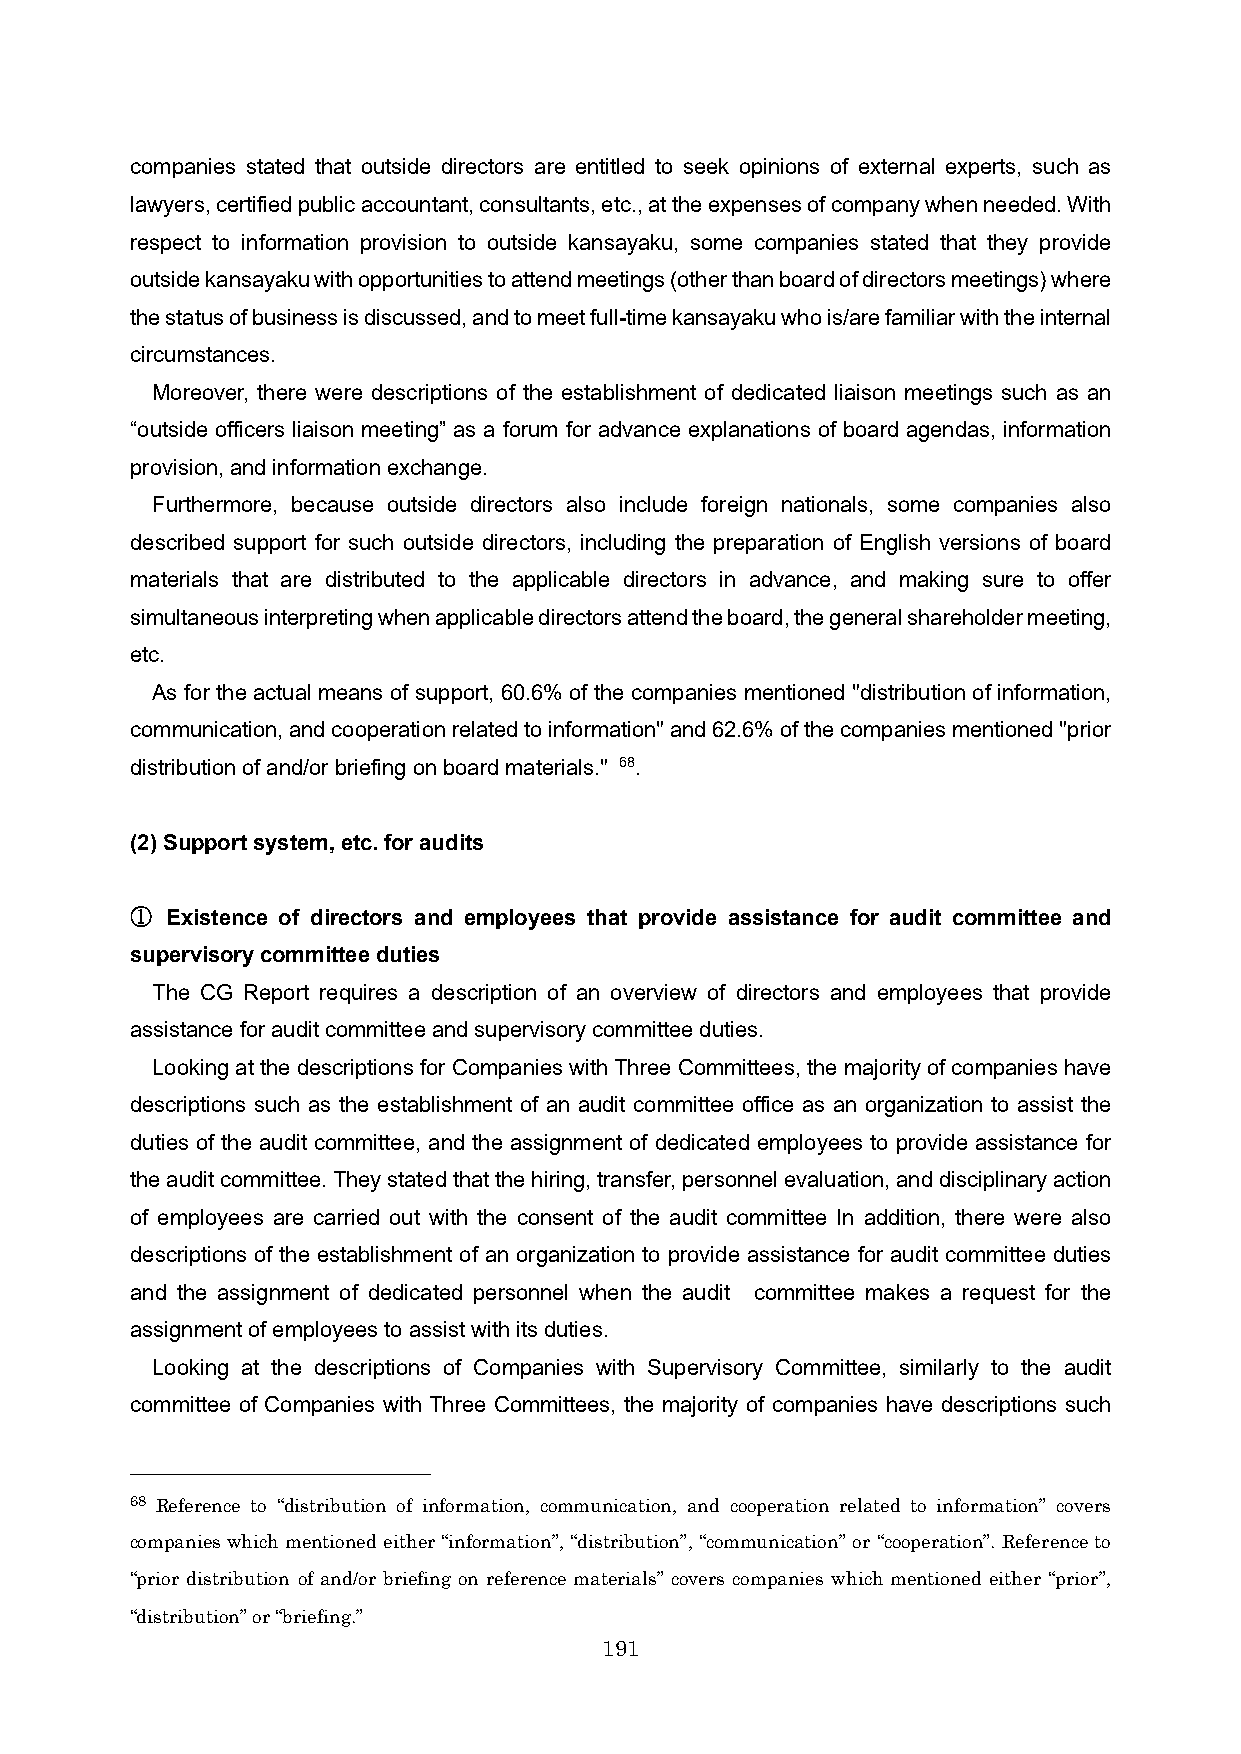
companies stated that outside directors are entitled to seek opinions of external experts, such as
 lawyers, certified public accountant, consultants, etc., at the expenses of company when needed. With
 respect to information provision to outside kansayaku, some companies stated that they provide
 outside kansayaku with opportunities to attend meetings (other than board of directors meetings) where
 the status of business is discussed, and to meet full-timekansayaku who is/are familiar with the internal
 circumstances.
 Moreover, there were descriptions of the establishment of dedicated liaison meetings such as an
 “outside officers liaison meeting” as a forum for advance explanations of board agendas, information
 provision, and information exchange.
 Furthermore, because outside directors also include foreign nationals, some companies also
 described support for such outside directors, including the preparation of English versions of board
 materials that are distributed to the applicable directors in advance, and making sure to offer
 simultaneous interpreting when applicable directors attend the board, the general shareholder meeting,
 etc.
 As for the actual means of support, 60.6% of the companies mentioned "distribution of information,
 communication, and cooperation related to information" and 62.6% of the companies mentioned "prior
 distribution of and/or briefing on board materials." 68.
 (2) Support system, etc. for audits
 ① Existence of directors and employees that provide assistance for audit committee and
 supervisory committee duties
 The CG Report requires a description of an overview of directors and employees that provide
 assistance foraudit committee and supervisory committee duties.
 Looking at the descriptions for Companies with Three Committees, the majority of companies have
 descriptions such as the establishment of an audit committee office as an organization to assist the
 duties of the audit committee, and the assignment of dedicated employees to provide assistance for
 the audit committee. They stated that the hiring, transfer, personnel evaluation, and disciplinary action
 of employees are carried out with the consent of the audit committee In addition, there were also
 descriptions of the establishment of an organization to provide assistance for audit committee duties
 and the assignment of dedicated personnel when the audit committee makes a request for the
 assignment of employees to assist with its duties.
 Looking at the descriptions of Companies with Supervisory Committee, similarly to the audit
 committee of Companies with Three Committees, the majority of companies have descriptions such
 68 Reference to “distribution of information, communication, and cooperation related to information” covers
 companies which mentioned either “information”, “distribution”, “communication” or “cooperation”. Reference to
 “prior distribution of and/or briefing on reference materials” covers companies which mentioned either “prior”,
 “distribution” or “briefing.”
 191